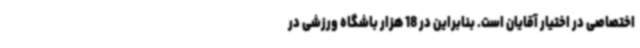
اختصاصی در اختیار آقایان است. بنابراین در 18 هزار باشگاه ورزشی در